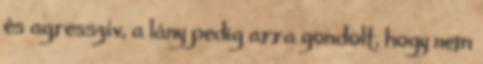
és agresszív, a lány pedig arra gondolt, hogy nem